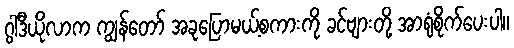
ဂွါဒီယိုလာက ကျွန်တော် အခုပြောမယ့်စကားကို ခင်ဗျားတို့ အာရုံစိုက်ပေးပါ။